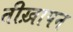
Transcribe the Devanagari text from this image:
तीख़ापन